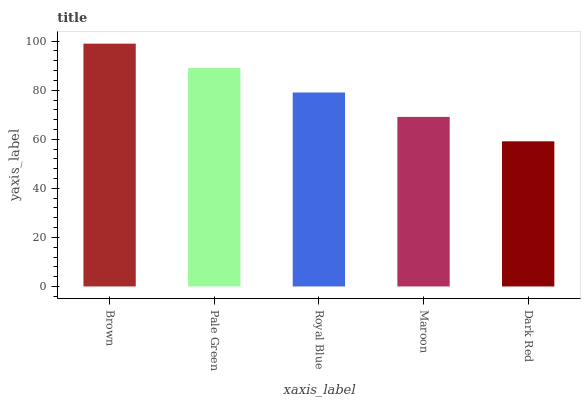
| xaxis_label | bars |
 | --- | --- |
 | Brown | 99 |
 | Pale Green | 89 |
 | Royal Blue | 79.1 |
 | Maroon | 69.1 |
 | Dark Red | 59.2 |